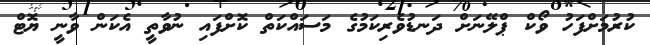
ކުރުމަށްފަހު ވޯކް ޕްލޭނަށް ދަނޑުވެރިކަމުގެ މަސައްކަތް ކޮށްފައި ނުވާތީ އެކަން ވާނީ ޔޮޓް